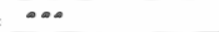
١٠١